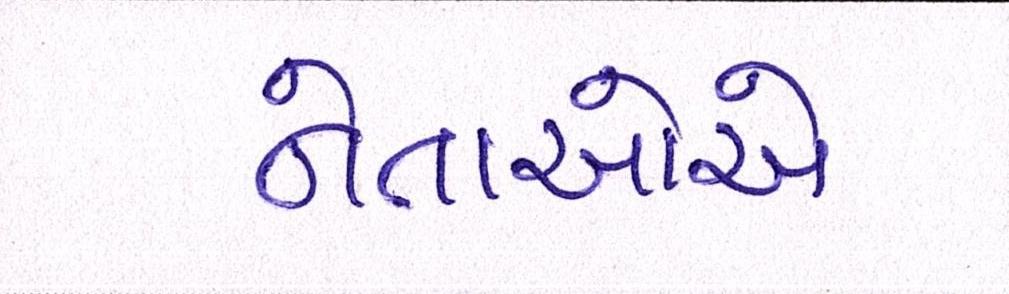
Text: નેતાઓએ